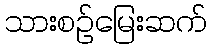
သားစဉ်မြေးဆက်